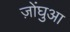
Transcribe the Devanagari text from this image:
ज़ोंघुआ